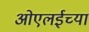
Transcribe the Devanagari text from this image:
ओएलईच्या